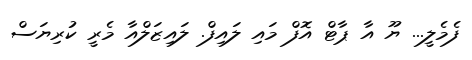
ފެމެލީ... ޔޫ އާ ޕާޓް އޮފް މައި ލައިފް. ލައިޒަލްއާ މެރީ ކުރިޔަސް